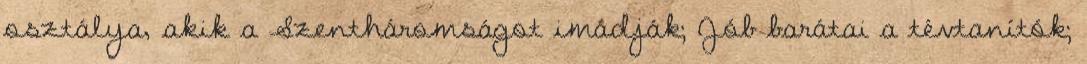
osztálya, akik a Szentháromságot imádják; Jób barátai a tévtanítók;